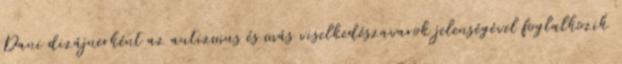
Dani dizájnerként az autizmus és más viselkedészavarok jelenségével foglalkozik